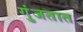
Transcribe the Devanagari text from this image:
गुंजतात